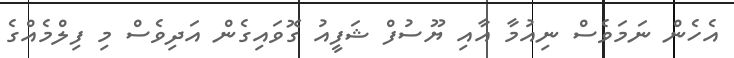
އެހެން ނަމަވެސް ނިއުމާ އާއި ޔޫސުފް ޝަފީއު ގޮވައިގެން އަދިވެސް މި ފިލްމެއްގެ